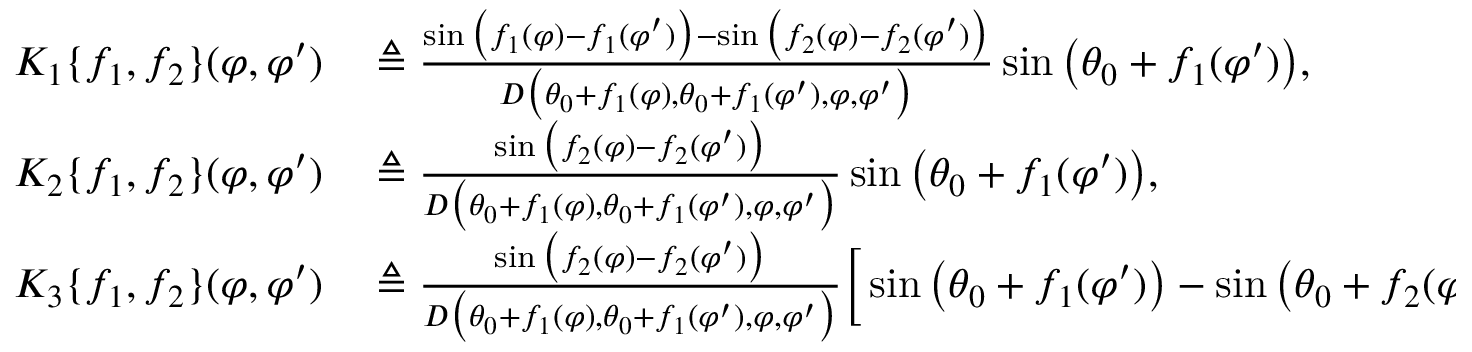
\begin{array} { r l } { K _ { 1 } \{ f _ { 1 } , f _ { 2 } \} ( \varphi , \varphi ^ { \prime } ) } & { { } \triangleq \frac { \sin \big ( f _ { 1 } ( \varphi ) - f _ { 1 } ( \varphi ^ { \prime } ) \big ) - \sin \big ( f _ { 2 } ( \varphi ) - f _ { 2 } ( \varphi ^ { \prime } ) \big ) } { D \big ( \theta _ { 0 } + f _ { 1 } ( \varphi ) , \theta _ { 0 } + f _ { 1 } ( \varphi ^ { \prime } ) , \varphi , \varphi ^ { \prime } \big ) } \sin \big ( \theta _ { 0 } + f _ { 1 } ( \varphi ^ { \prime } ) \big ) , } \\ { K _ { 2 } \{ f _ { 1 } , f _ { 2 } \} ( \varphi , \varphi ^ { \prime } ) } & { { } \triangleq \frac { \sin \big ( f _ { 2 } ( \varphi ) - f _ { 2 } ( \varphi ^ { \prime } ) \big ) } { D \big ( \theta _ { 0 } + f _ { 1 } ( \varphi ) , \theta _ { 0 } + f _ { 1 } ( \varphi ^ { \prime } ) , \varphi , \varphi ^ { \prime } \big ) } \sin \big ( \theta _ { 0 } + f _ { 1 } ( \varphi ^ { \prime } ) \big ) , } \\ { K _ { 3 } \{ f _ { 1 } , f _ { 2 } \} ( \varphi , \varphi ^ { \prime } ) } & { { } \triangleq \frac { \sin \big ( f _ { 2 } ( \varphi ) - f _ { 2 } ( \varphi ^ { \prime } ) \big ) } { D \big ( \theta _ { 0 } + f _ { 1 } ( \varphi ) , \theta _ { 0 } + f _ { 1 } ( \varphi ^ { \prime } ) , \varphi , \varphi ^ { \prime } \big ) } \Big [ \sin \big ( \theta _ { 0 } + f _ { 1 } ( \varphi ^ { \prime } ) \big ) - \sin \big ( \theta _ { 0 } + f _ { 2 } ( \varphi ^ { \prime } ) \big ) \Big ] } \end{array}